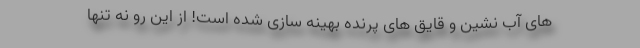
های آب نشین و قایق های پرنده بهینه سازی شده است! از این رو نه تنها